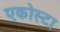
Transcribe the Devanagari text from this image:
एकोस्टा